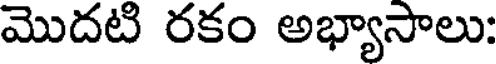
మొదటి రకం అభ్యాసాలు: